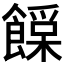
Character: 𩞛